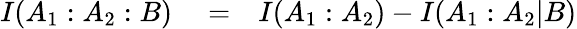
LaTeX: \begin{array}{rlr}{I(A_{1}:A_{2}:B)}&{{}=}&{I(A_{1}:A_{2})-I(A_{1}:A_{2}|B)}\end{array}